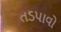
તડપાવો